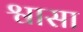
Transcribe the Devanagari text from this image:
श्वासा